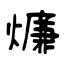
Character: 燫